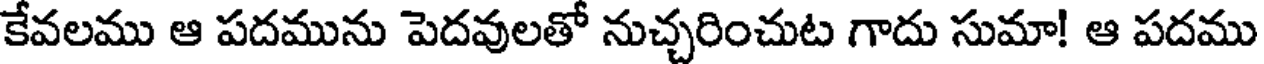
కేవలము ఆ పదమును పెదవులతో నుచ్చరించుట గాదు సుమా! ఆ పదము